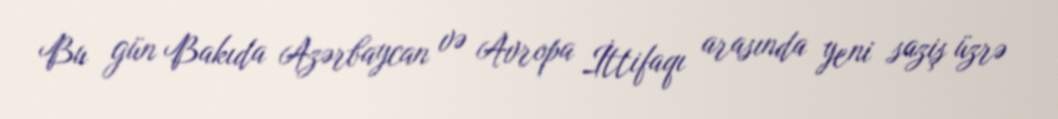
Bu gün Bakıda Azərbaycan və Avropa İttifaqı arasında yeni saziş üzrə